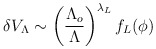
\begin{align*}\delta V_{\Lambda}\sim\left(\frac{\Lambda_{o}}{\Lambda}\right)^{\lambda_{L}}f_{L}(\phi)\end{align*}